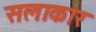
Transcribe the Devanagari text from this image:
सलाकार